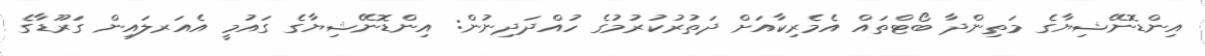
އިންޑޮނޭޝިޔާގެ މަތިންދާ ބޯޓްތައް އެމެރިކާއަށް ދަތުރުކުރުމުގެ ހުއްދަދިނުން: އިންޑޮނޭޝިޔާގެ ގައުމީ އެއަރލައިން ގަރޫޑާގެ